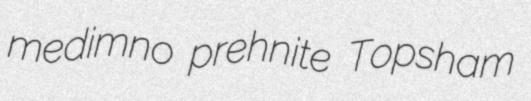
medimno prehnite Topsham